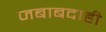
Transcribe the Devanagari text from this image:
जबाबदाही